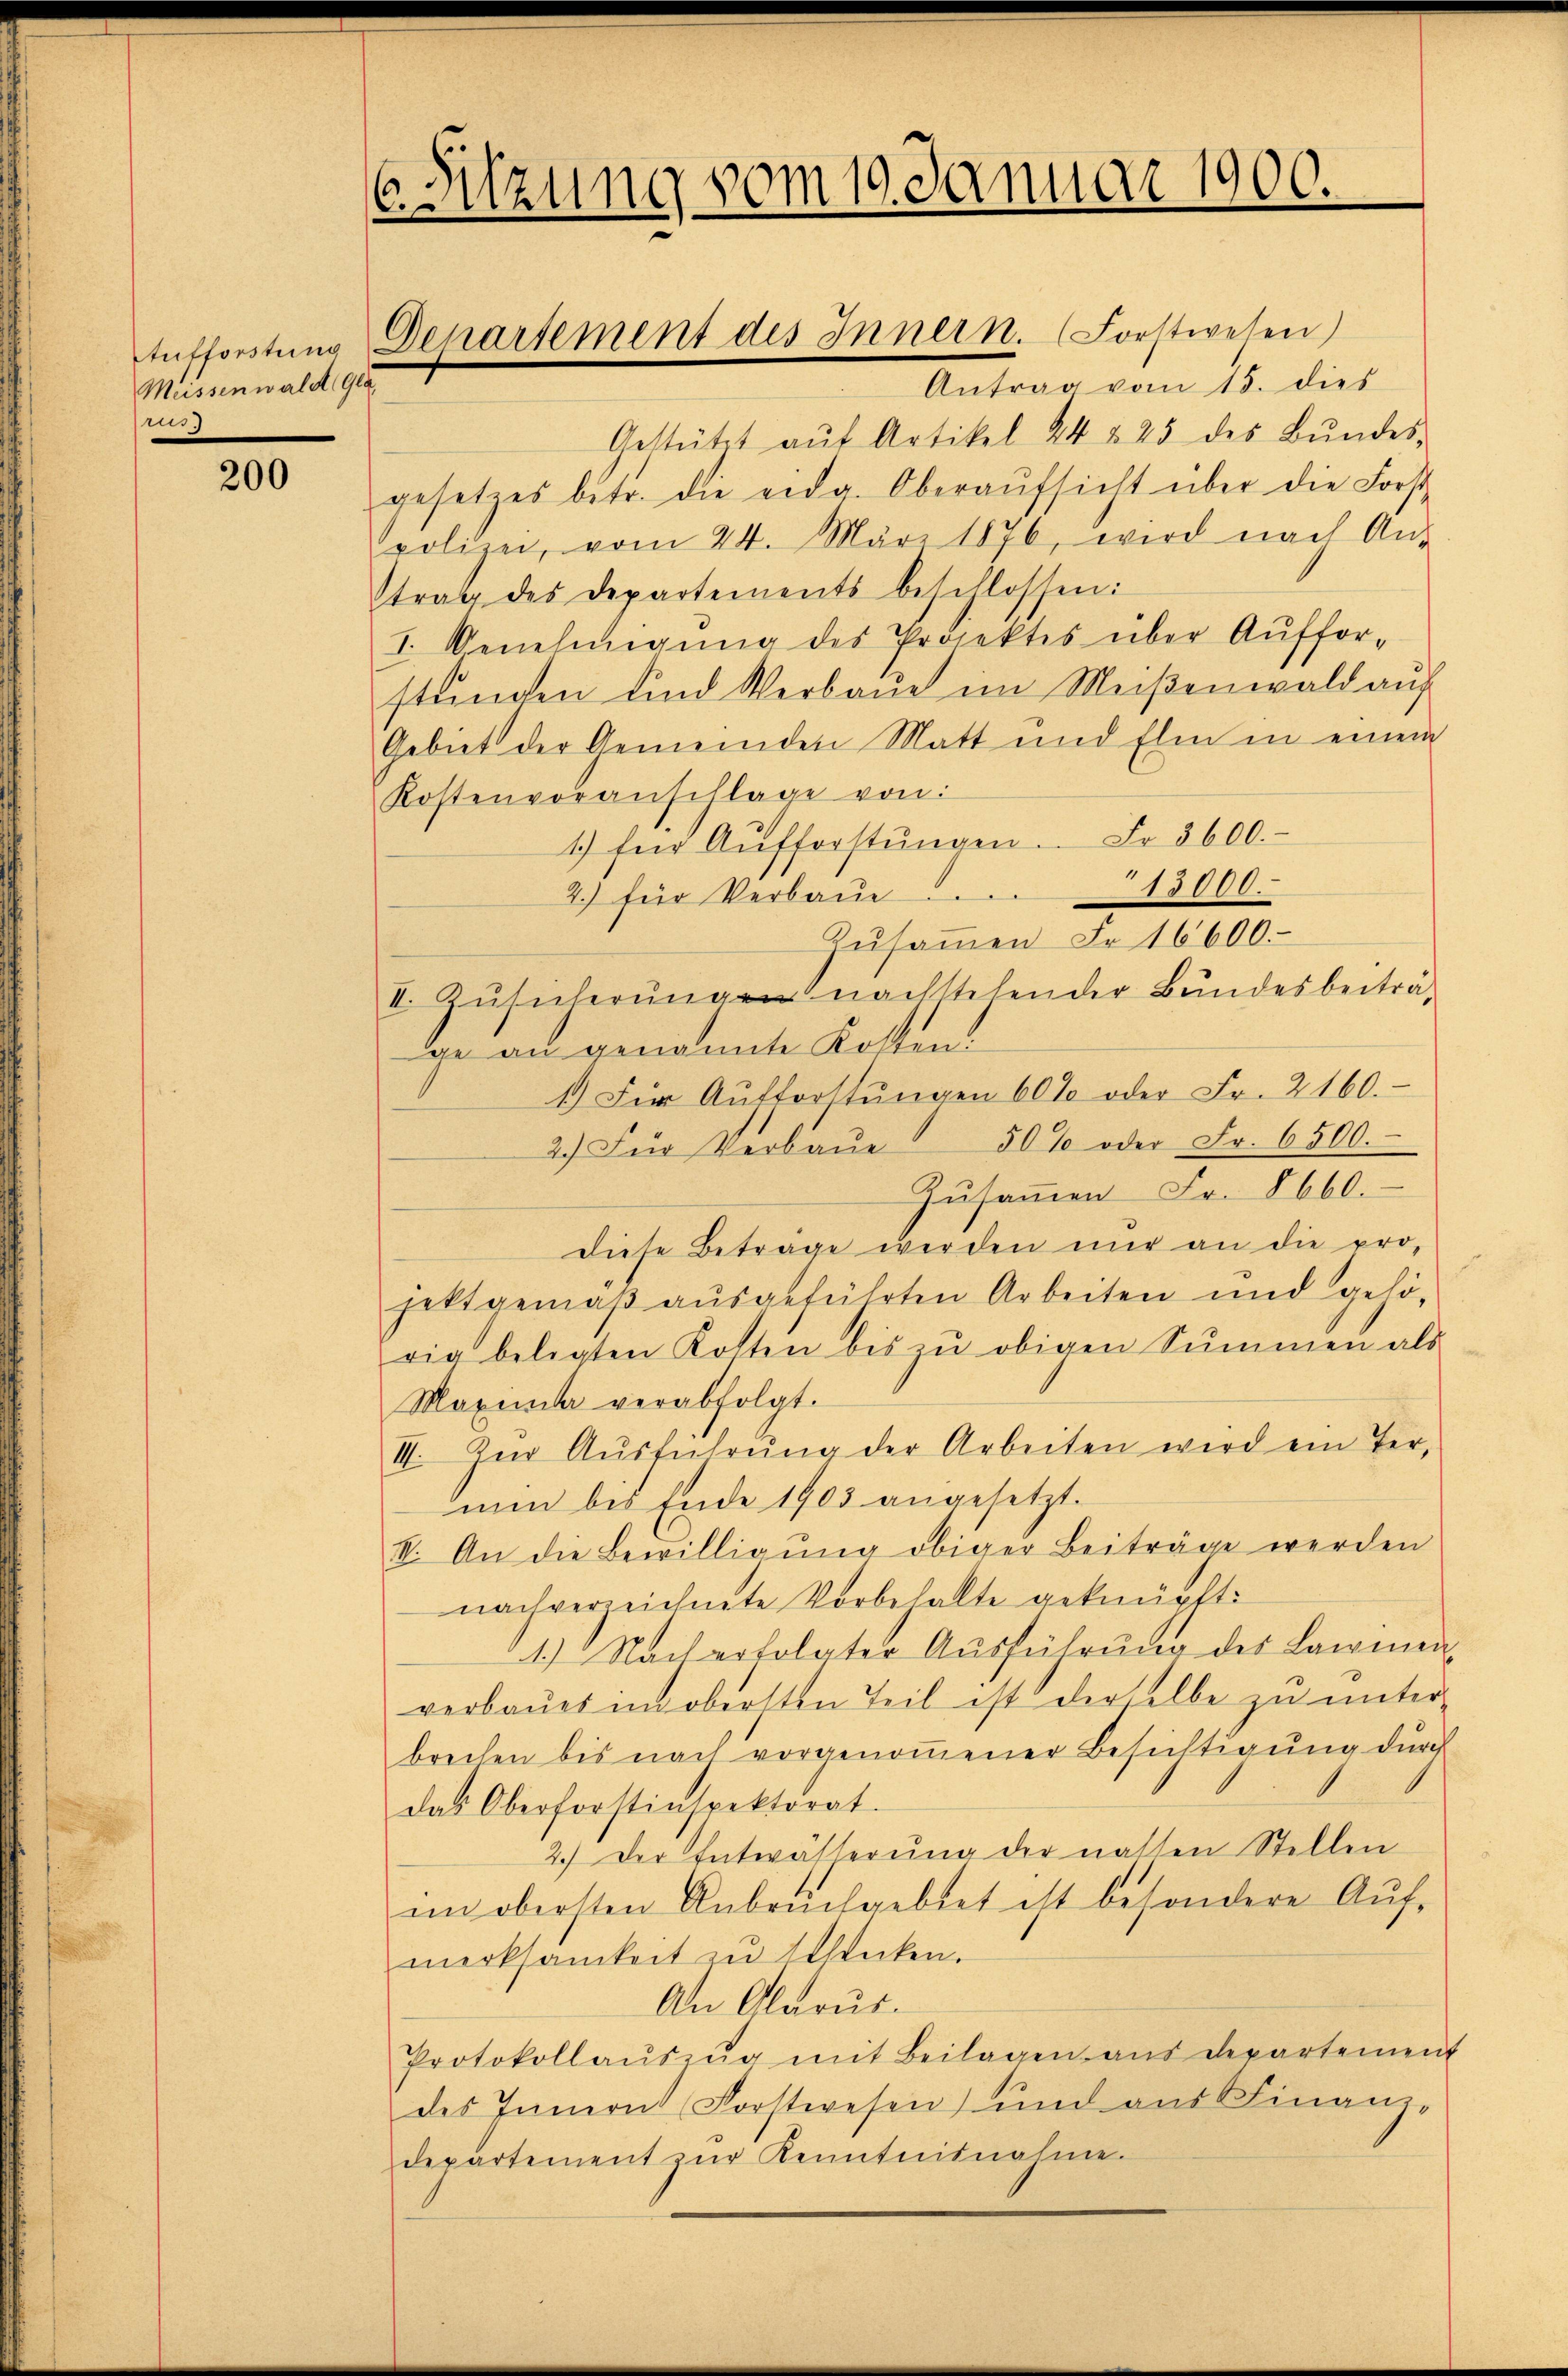
Aufforstung
Meissenwald Gla
o

200

C. Sitzung vom 19. Januar 1900

Antrag vom 15. dies
Gestützt aŭf Artikel 24 § 25 des Bŭndes-
gesetzes betr. die eidg. Oberaŭfsicht über die Forst-
polizei, vom 24. März 1876, wird nach An-
trag des Departements beschlossen:
I. Genehmigŭng des Projektes über Auffor-
stunden und Verbaue im Meißenwald auf
Gebiet der Gemeinden Matt und Elen in einem
Kostenvoranschlage von:
1) für Aŭfforstŭngen. Fr. 3600.
2.) für Verbaŭe 13000.
Zŭsaṁen Fr. 16600.
I. Zusicherungen nachstehender Bundesbeiträge an genannte Kosten
1.) Für Aŭfforstŭngen 60% oder Fr. 2160.
50% oder Fr. 6500.
2.) Für Verbaue
Zusammen Fr. 8660.
diese Betrage werden nur an die pro-
jektgemäß ausgeführten Arbeiten und gehö-
rig belegten Kosten bis zŭ obigen Summen als
Maxima verabfolgt.
II. Zŭr Aŭsführŭng der Arbeiten wird ein Termin bis Ende 1905 angesetzt.
I. An die Bewilligŭng obiger Beiträge werden
nach verzeichnete Vorbehalte geknüpft:
1.) Nachertolater Ausführung des Laimen-
verbaŭes im obersten Teil ist der selbe zu unter-
brechen bis nach vorgenoṁener Besichtigŭng dŭrch
das Oberforstinspektorat.
2.) Der Entwässerung der natten Stellen
im obersten Anbruchgebiet ist besondere Aŭf-
merksamkeit zu schencken.
An Olarus.
Protokollaŭszŭg mit Beilagen aŭs departement
des Innern (Forstwesen und aus Finan
departement zŭr Kenntnisnahme.

Departement des Innern. (Forstwesen)